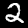
Label: 2